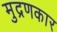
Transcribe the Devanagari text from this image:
मुद्रणकार